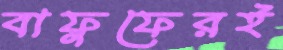
বাফুফেরই